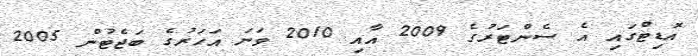
އޮޑިޓްގައި އެ ސެންޓަރުގެ 2009 އާއި 2010 ވަނަ އަހަރުގެ ބަޖެޓުން 2005